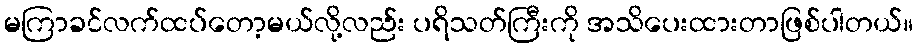
မကြာခင်လက်ထပ်တော့မယ်လို့လည်း ပရိသတ်ကြီးကို အသိပေးထားတာဖြစ်ပါတယ်။